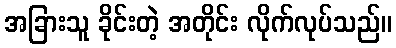
အခြားသူ ခိုင်းတဲ့ အတိုင်း လိုက်လုပ်သည်။